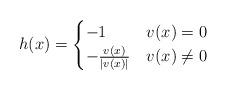
LaTeX: \begin{align*}h(x)=\begin{cases} -1 & v(x)=0 \\-\frac{v(x)}{\lvert v(x)\lvert} & v(x)\neq 0\end{cases}\end{align*}